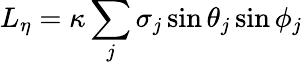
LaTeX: L_{\eta}=\kappa\sum_{j}\sigma_{j}\sin\theta_{j}\sin\phi_{j}